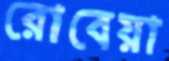
রোবেয়া